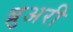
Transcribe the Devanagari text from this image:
ब्रुअरी